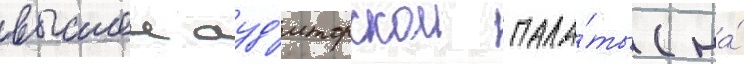
высшеи ауд'иторскои пала́ты (на́